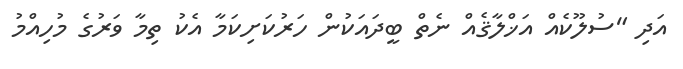
އަދި "ސުލޫކެއް އަޚްލާޤެއް ނެތް ބީދައަކުން ހަރުކަށިކަމާ އެކު ތިމާ ވަރުގެ މުހިއްމު